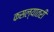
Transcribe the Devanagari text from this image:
कसल्यातरी